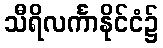
သီရိလင်္ကာနိုင်ငံ၌